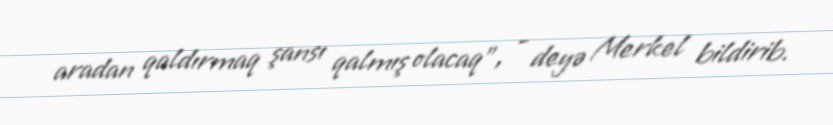
aradan qaldırmaq şansı qalmış olacaq", - deyə Merkel bildirib.